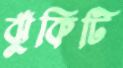
ঝুঁকিটি